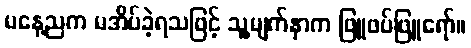
မနေ့ညက မအိပ်ခဲ့ရသဖြင့် သူ့မျက်နှာက ဖြူဖပ်ဖြူရော်။